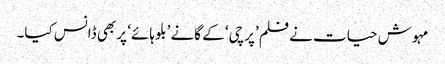
مہوش حیات نے فلم ’پرچی‘ کے گانے ’بلو ہائے‘ پر بھی ڈانس کیا۔